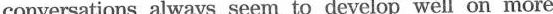
conversations always seem to develop well on more